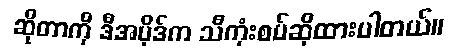
ဆိုတာကို ဒီအပိုဒ်က သီကုံးစပ်ဆိုထားပါတယ်။